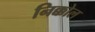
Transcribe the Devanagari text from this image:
निक्कोल